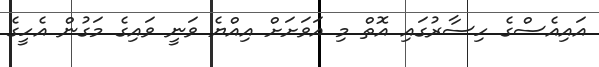
އައިއެސްގެ ހިސާރުގައި އޮތް މި އަވަށަށް އިއްޔެ ވަނީ ވައިގެ މަގުން އެހީގެ